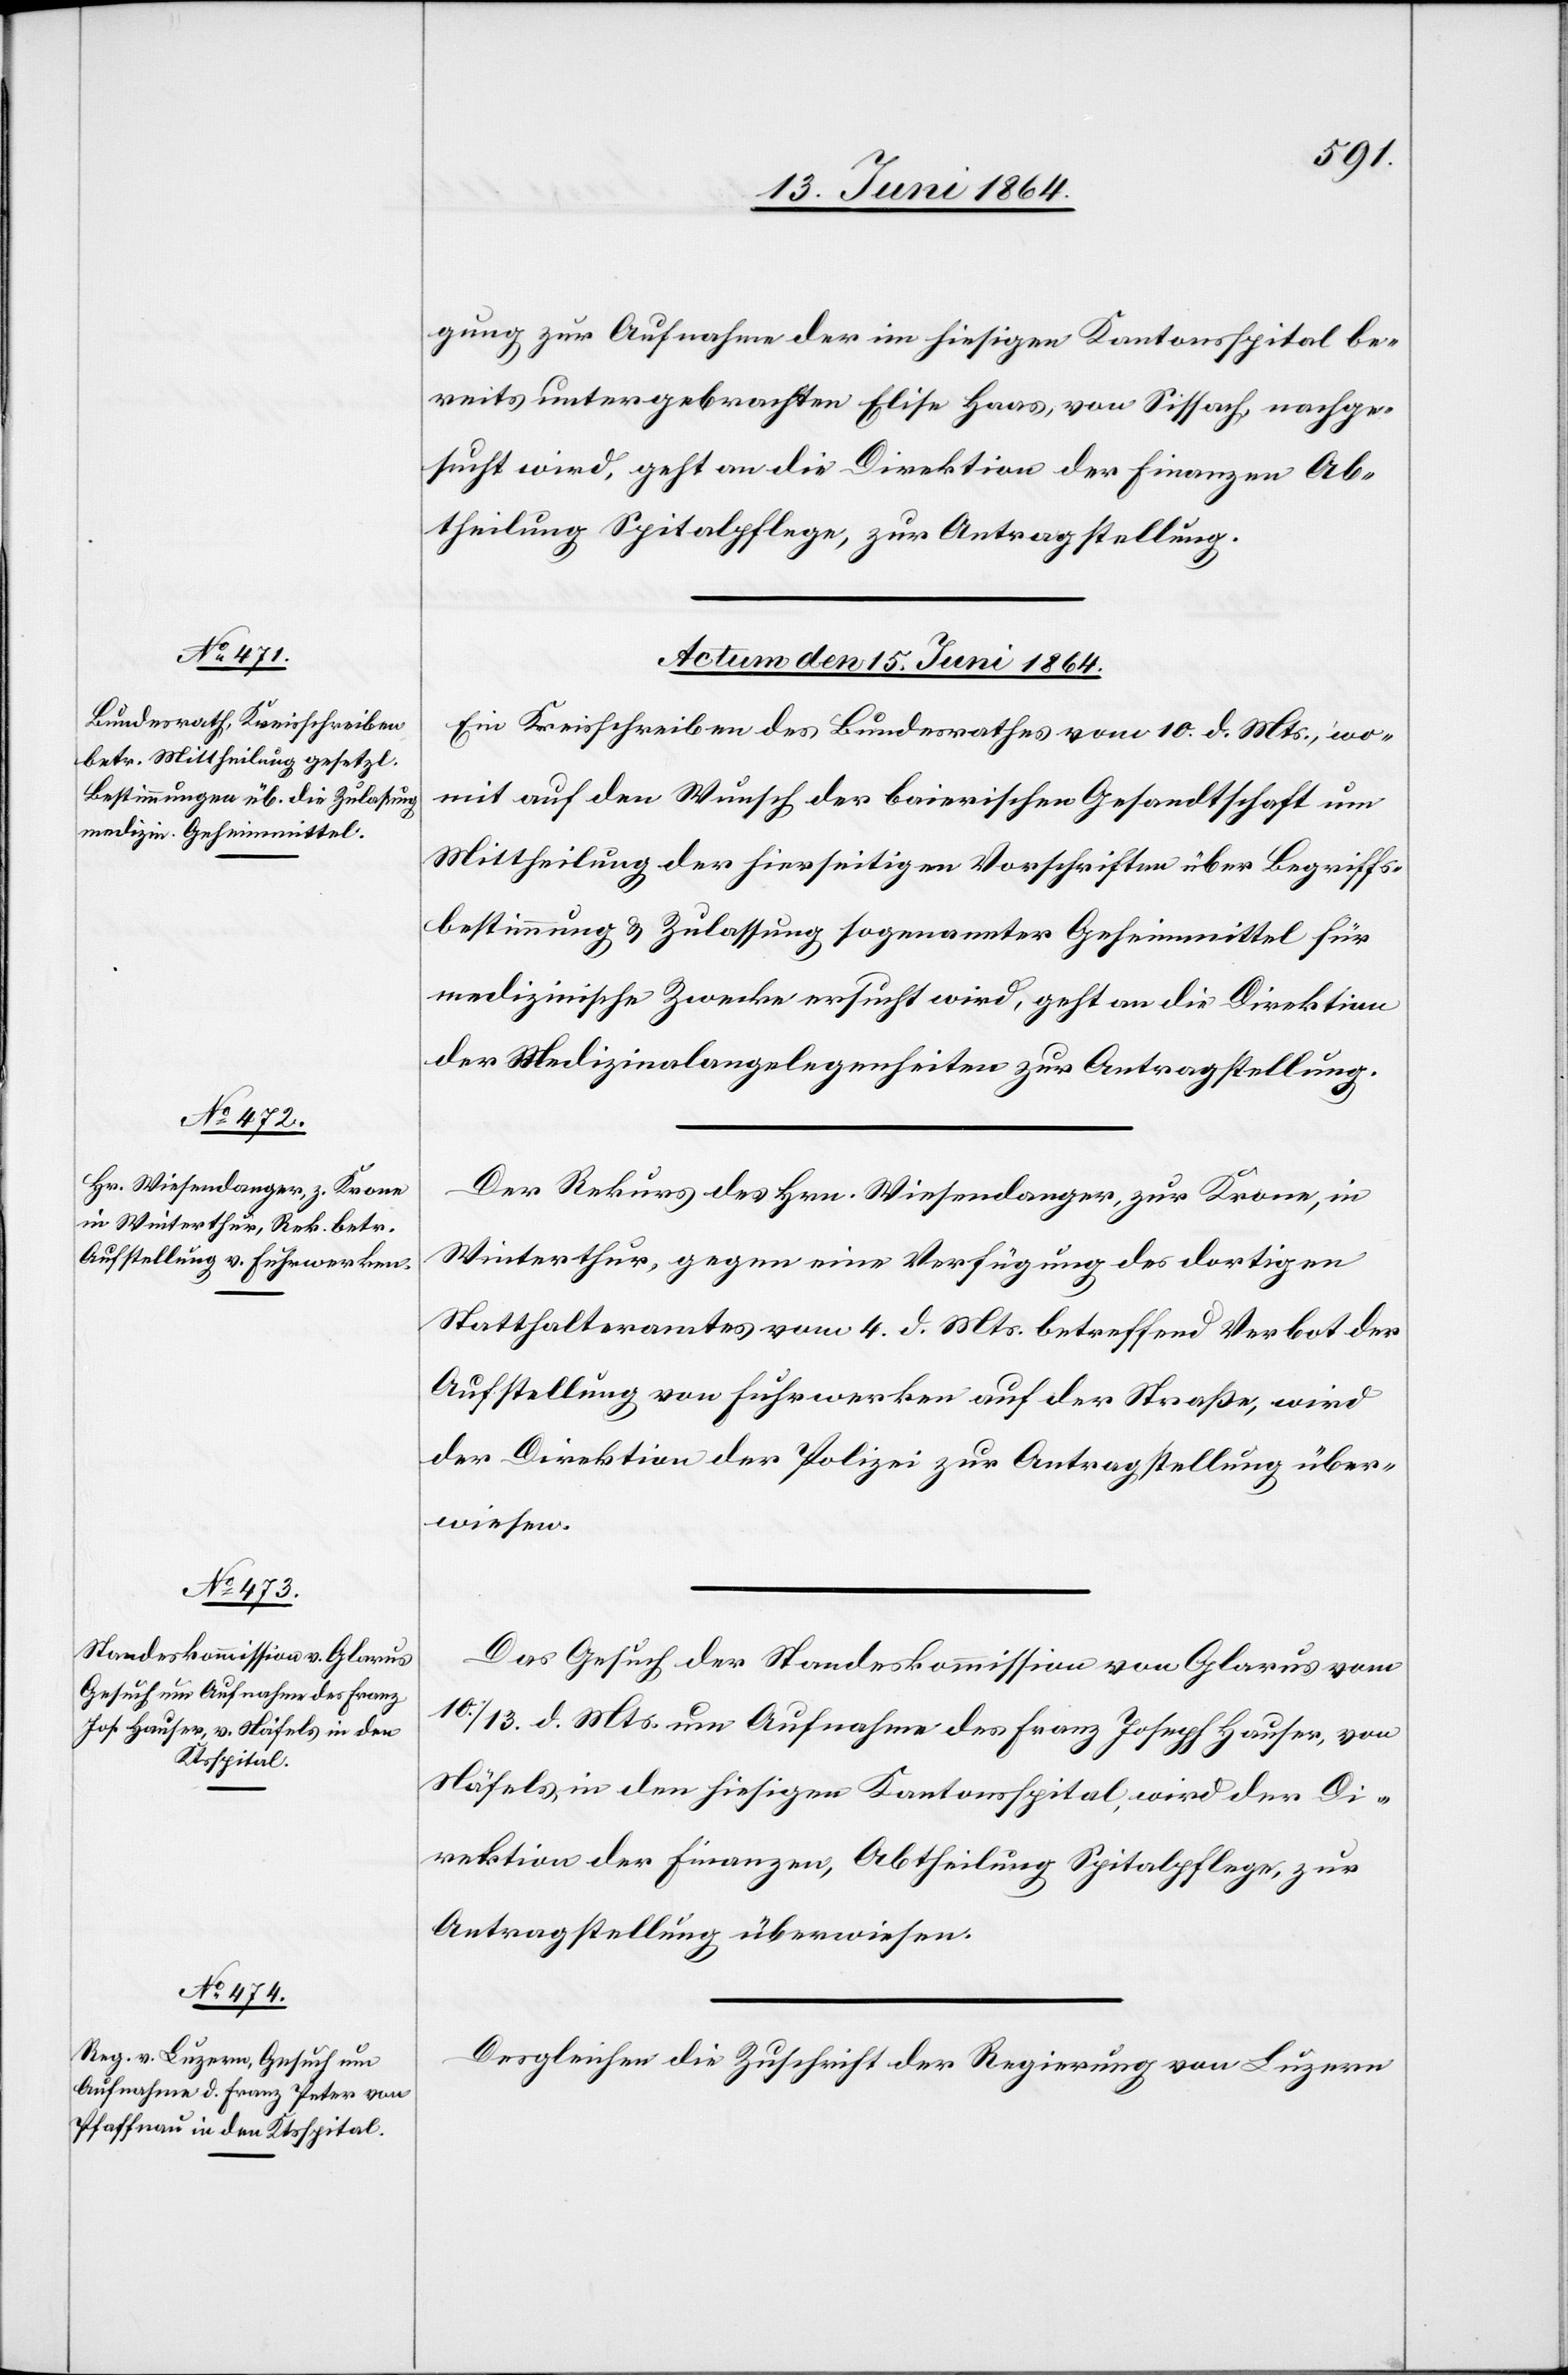
gung zur Aufnahme der im hiesigen Kantonsspital be¬
reits untergebrachten Elise Haas, von Sissach, nachge¬
sucht wird, geht an die Direktion der Finanzen Ab¬
theilung Spitalpflege, zur Antragstellung.
Actum den 15. Juni 1864.]
Ein Kreisschreiben des Bundesrathes vom 10. d. Mts., wo¬
mit auf den Wunsch der baierischen Gesandtschaft um
Mittheilung der hierseitigen Vorschriften über Begriffs¬
bestimmung u. Zulassung sogenannter Geheimmittel für
medizinische Zwecke ersucht wird, geht an die Direktion
der Medizinalangelegenheiten zur Antragstellung.
Der Rekurs des Hrn. Wiesendanger, zur Krone, in
Winterthur, gegen eine Verfügung des dortigen
Statthalteramtes vom 4. d. Mts. betreffend Verbot der
Aufstellung von Fuhrwerken auf der Straße, wird
der Direktion der Polizei zur Antragstellung über¬
wiesen.
Das Gesuch der Standeskommission von Glarus vom
10./13. d. Mts. um Aufnahme des Franz Joseph Hauser, von
Näfels in den hiesigen Kantonsspital, wird der Di¬
rektion der Finanzen, Abtheilung Spitalpflege zur
Antragstellung überwiesen.
Desgleichen die Zuschrift der Regierung von Luzern